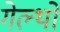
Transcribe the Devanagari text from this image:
गेल्थो